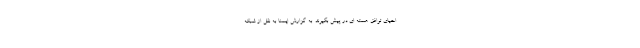
احیای توافق هسته ای در پیش بگیرند. به گزارش ایسنا به نقل از شبکه